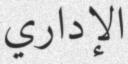
الإداري